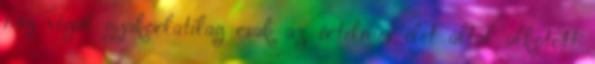
míg végül gyakorlatilag csak az értelmes élet által alkotott